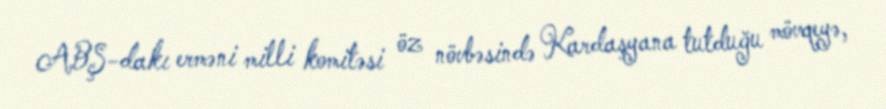
ABŞ-dakı erməni milli komitəsi öz növbəsində Kardaşyana tutduğu mövqeyə,